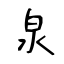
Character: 泉